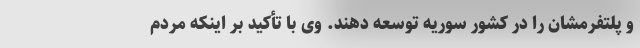
و پلتفرمشان را در کشور سوریه توسعه دهند. وی با تأکید بر اینکه مردم